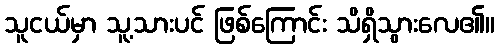
သူငယ်မှာ သူ့သားပင် ဖြစ်ကြောင်း သိရှိသွားလေ၏။